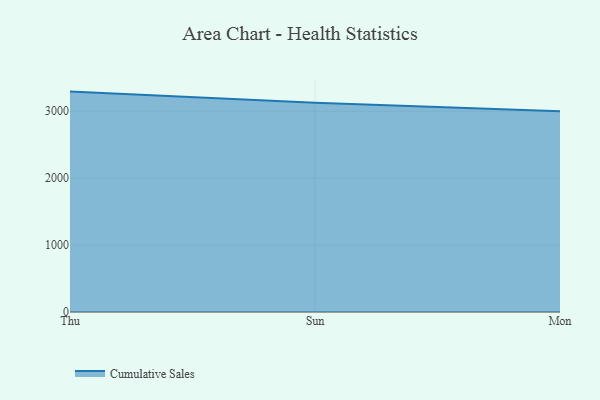
{"axis": {"x": "Day", "y": "Production Output"}, "legend": ["Cumulative Sales"], "data": [{"x": "Thu", "y": 3293.4, "type": "Cumulative Sales"}, {"x": "Sun", "y": 3127.3, "type": "Cumulative Sales"}, {"x": "Mon", "y": 2998.9, "type": "Cumulative Sales"}]}